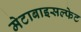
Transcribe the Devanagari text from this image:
मेटाबाइसल्फेट